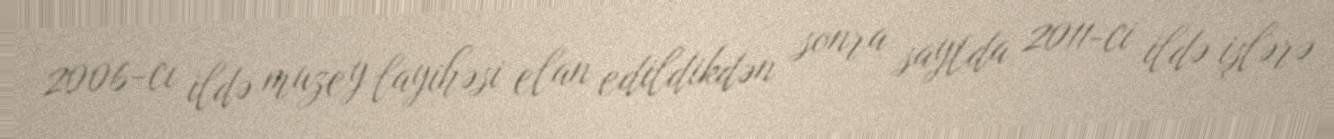
2006-cı ildə muzey layihəsi elan edildikdən sonra saytda 2011-ci ildə işlərə